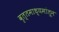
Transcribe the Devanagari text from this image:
वृत्तमाध्यमांतून